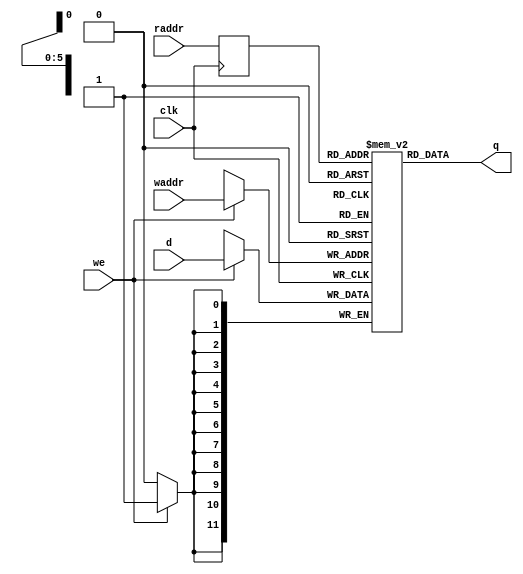
module RAMF
#(
  parameter RAMD_W = 12,
  parameter RAMA_W = 6
  )
 (
  input wire [RAMD_W - 1:0] d,
  input wire [RAMA_W - 1:0] waddr,
  input wire [RAMA_W - 1:0] raddr,
  input wire 		      we,
  input wire 		      clk,
  output reg [RAMD_W - 1:0] q
 );     

   //type mem_type is array ((2**RAMA_W)-1 downto 0) of 
   //                            STD_LOGIC_VECTOR(RAMD_W-1 downto 0);
   //signal mem                    : mem_type;
   localparam MEM_SIZE = 2**RAMA_W;   
   reg [RAMD_W-1:0] mem [0:MEM_SIZE-1];   
   reg [RAMD_W-1:0] read_addr;
   
   //-----------------------------------------------------------------------------
   //q_sg:
   //-----------------------------------------------------------------------------
   //q <= mem(TO_INTEGER(UNSIGNED(read_addr)));
   always @(*) begin
      q = mem[read_addr];      
   end
   
   //-----------------------------------------------------------------------------
   //read_proc: -- register read address
   //-----------------------------------------------------------------------------
   always @(posedge clk) begin
      read_addr <= raddr;
   end
   
   //-----------------------------------------------------------------------------
   //write_proc: --write access
   //-----------------------------------------------------------------------------
   always @(posedge clk) begin
      if(we == 1'b 1) begin
	 mem[waddr] <= d;
      end
   end
   
   //--------------------------------------------------------------------------------

endmodule